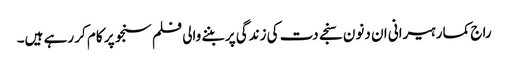
راج کمار ہیرانی ان دنون سنجے دت کی زندگی پر بننے والی فلم سنجو پر کام کر رہے ہیں۔